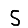
Digit: 5